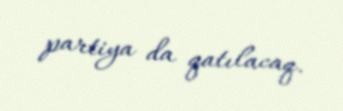
partiya da qatılacaq.